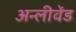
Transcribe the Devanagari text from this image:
अन्लीवेंड